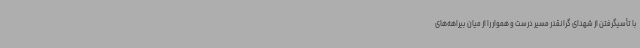
با تأسیگرفتن از شهدای گرانقدر مسیر درست و هموار را از میان بیراهه‌های